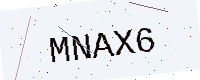
Text: MNAX6